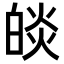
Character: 𤾃